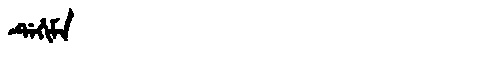
Manchu: ᡩᡝᡥᡳᠮᡝ
Romanization: DEHIME